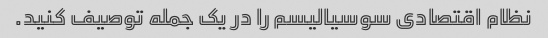
نظام اقتصادی سوسیالیسم را در یک جمله توصیف کنید.